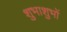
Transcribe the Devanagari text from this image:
शुभाशुभों